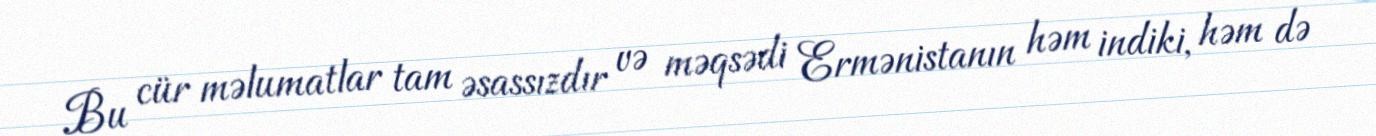
Bu cür məlumatlar tam əsassızdır və məqsədi Ermənistanın həm indiki, həm də